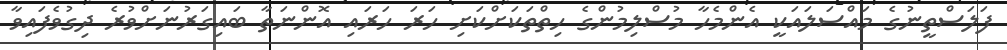
ފަލަސްތީނުގެ މައްސަލައަކީ އެންމެހާ މުސްލިމުންގެ ހިތްތަކަށްކަށި ހަރަ ހަރައި އޮންނަތާ ބައިގަރުނަށްވުރެ ދިގުވެފައިވާ